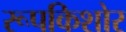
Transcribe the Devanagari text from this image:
रूपकिशोर